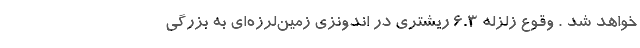
خواهد شد . وقوع زلزله ۶.۳ ریشتری در اندونزی زمین‌لرزه‌ای به بزرگی